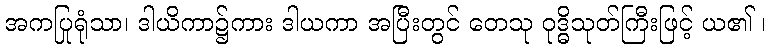
အကပြုရုံသာ၊ ဒါယိကာ၌ကား ဒါယကာ အပြီးတွင် တေသု ဝုဒ္ဓိသုတ်ကြီးဖြင့် ယ၏ ၊